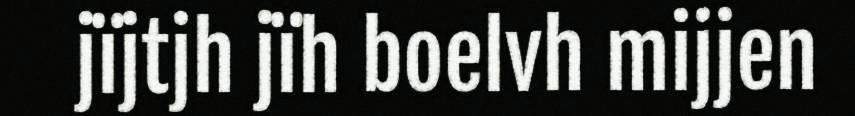
jïjtjh jïh boelvh mijjen